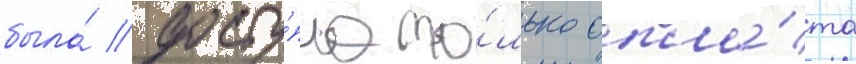
была́ досту́пна то́лько опла́та